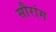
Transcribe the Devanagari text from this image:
सौरांग